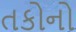
તકોનો